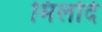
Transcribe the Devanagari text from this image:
मिलोर्द